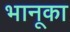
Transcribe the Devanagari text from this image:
भानूका